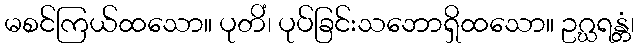
မစင်ကြယ်ထသော။ ပုတိံ၊ ပုပ်ခြင်းသဘောရှိထသော။ ဥဂ္ဃရန္တံ၊